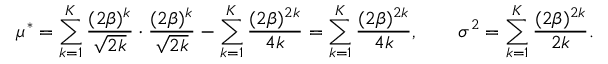
\mu ^ { \ast } = \sum _ { k = 1 } ^ { K } \frac { ( 2 \beta ) ^ { k } } { \sqrt { 2 k } } \cdot \frac { ( 2 \beta ) ^ { k } } { \sqrt { 2 k } } - \sum _ { k = 1 } ^ { K } \frac { ( 2 \beta ) ^ { 2 k } } { 4 k } = \sum _ { k = 1 } ^ { K } \frac { ( 2 \beta ) ^ { 2 k } } { 4 k } , \qquad \sigma ^ { 2 } = \sum _ { k = 1 } ^ { K } \frac { ( 2 \beta ) ^ { 2 k } } { 2 k } .